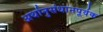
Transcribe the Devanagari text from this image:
अर्थानुसंधानपूर्वक